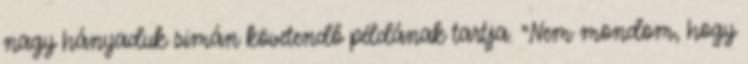
nagy hányaduk simán követendő példának tartja. "Nem mondom, hogy